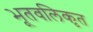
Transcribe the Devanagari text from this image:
भूतवलिकृत